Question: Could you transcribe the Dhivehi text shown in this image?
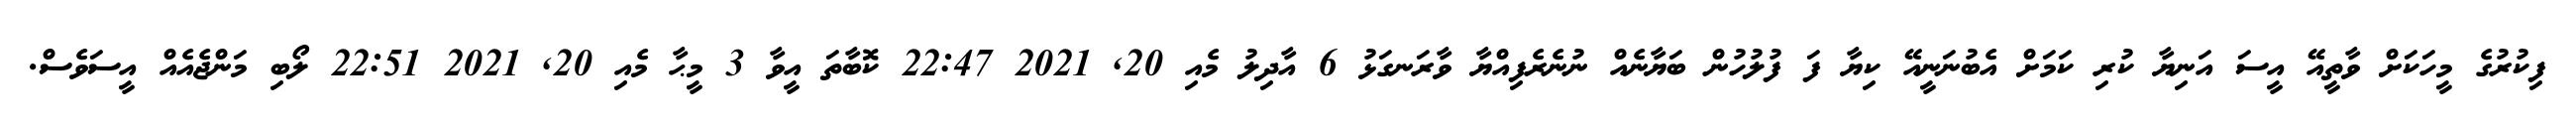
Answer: ފިކުރުގެ މީހަކަށް ވާތީއޭ އީސަ އަނިޔާ ކުރި ކަމަށް އެބުނަނީއޭ ކިޔާ ފަ ފުލުހުން ބަޔާނެއް ނުނެރެފިއްޔާ ވާރަނގަޅު 6 އާދިލު މެއި 20, 2021 22:47 ކޮބާތަ އީވާ 3 މީޙާ މެއި 20, 2021 22:51 ލޯބި މަންޖެއެއް އީސަވެސް.